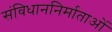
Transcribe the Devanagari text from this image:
संविधाननिर्माताओं